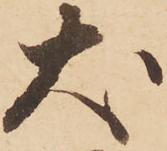
犬